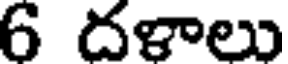
6 దళాలు